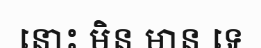
នោះ មិន មាន ទេ